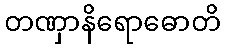
တဏှာနိရောဓောတိ